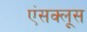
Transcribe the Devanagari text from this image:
एंसक्लूस